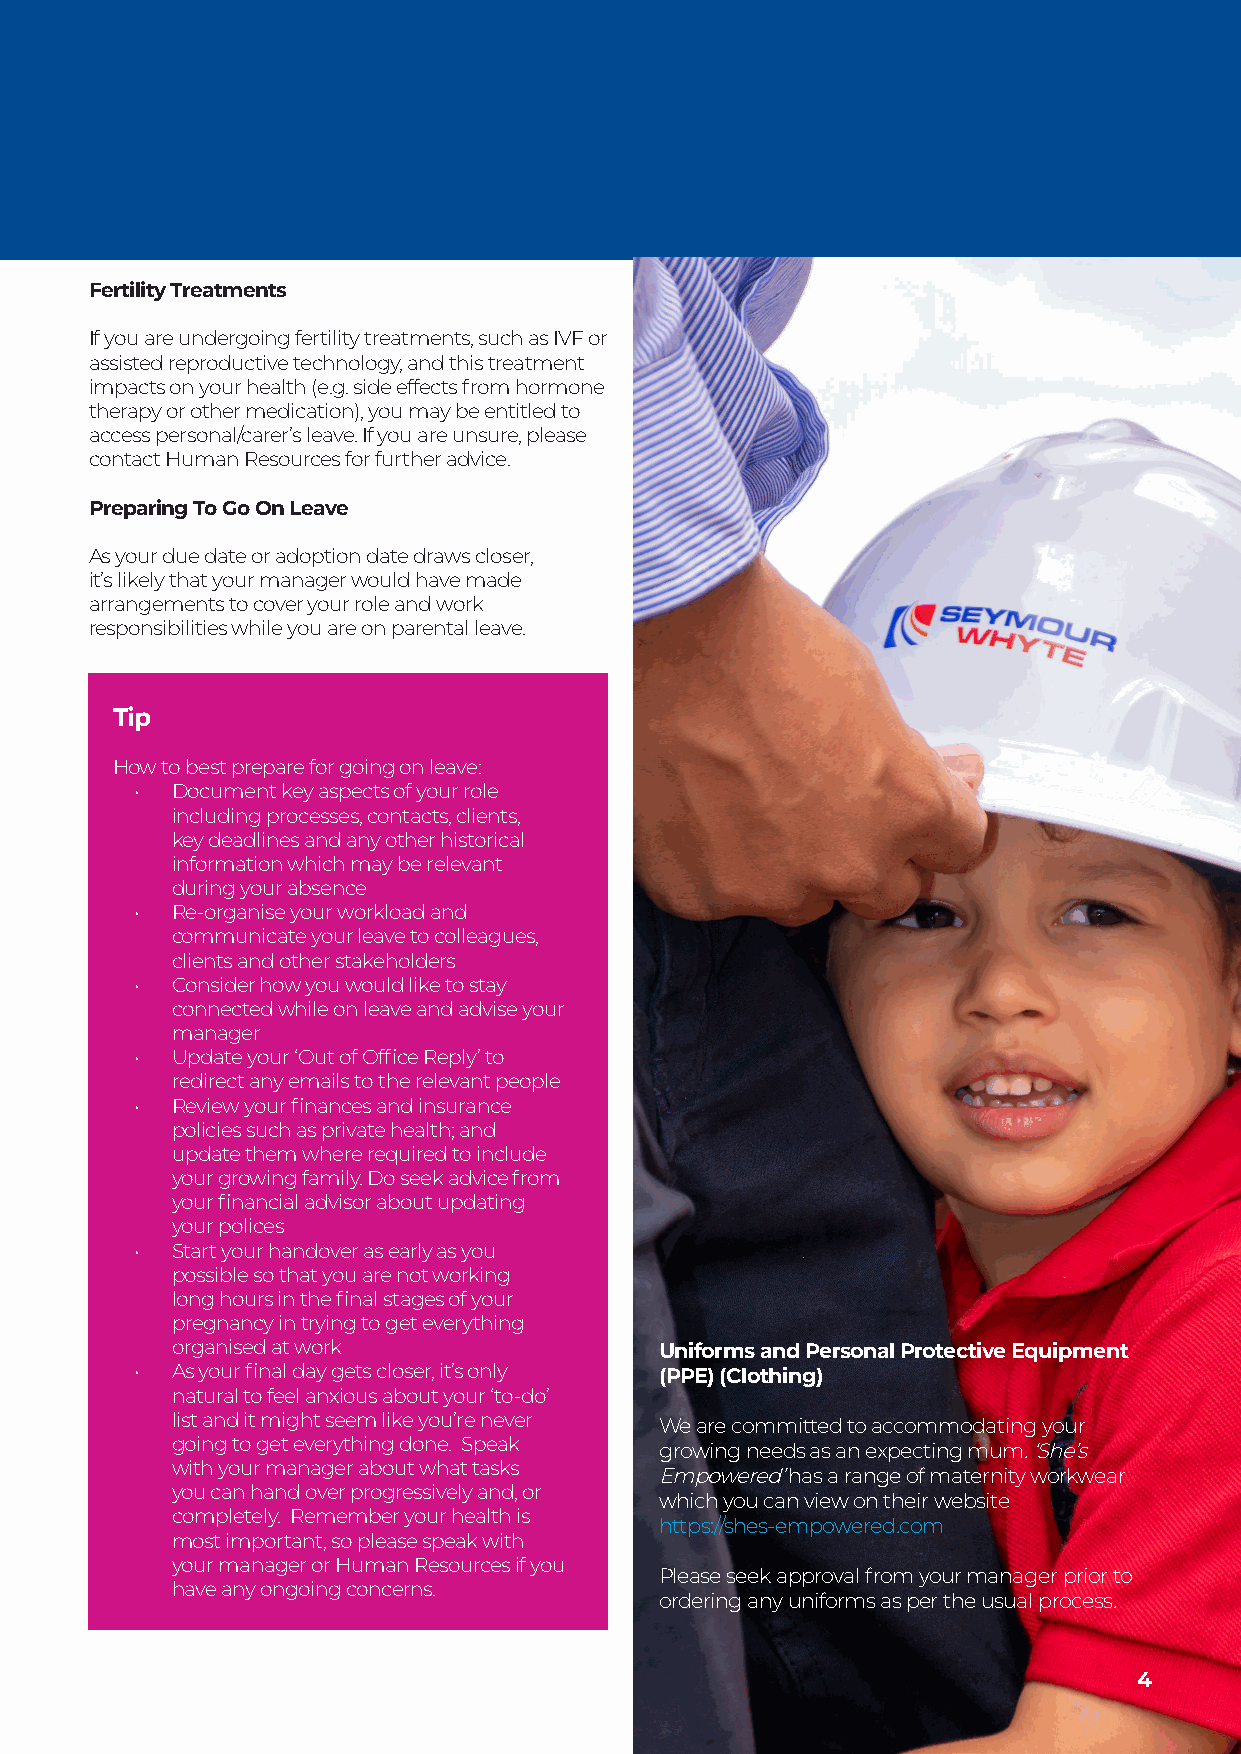
Fertility Treatments
 If you are undergoing fertility treatments, such as IVF or
 assisted reproductive technology, and this treatment
 impacts on your health (e.g. side effects from hormone
 therapy or other medication), you may be entitled to
 access personal/carer’s leave. If you are unsure, please
 contact Human Resources for further advice.
 Preparing To Go On Leave
 As your due date or adoption date draws closer,
 it’s likely that your manager would have made
 arrangements to cover your role and work
 responsibilities while you are on parental leave.
 Tip
 How to best prepare for going on leave:
 • Document key aspects of your role
 including processes, contacts, clients,
 key deadlines and any other historical
 information which may be relevant
 during your absence
 • Re-organise your workload and
 communicate your leave to colleagues,
 clients and other stakeholders
 • Consider how you would like to stay
 connected while on leave and advise your
 manager
 • Update your ‘Out of Office Reply’ to
 redirect any emails to the relevant people
 • Review your finances and insurance
 policies such as private health; and
 update them where required to include
 your growing family. Do seek advice from
 your financial advisor about updating
 your polices
 • Start your handover as early as you
 possible so that you are not working
 long hours in the final stages of your
 pregnancy in trying to get everything
 organised at work                Uniforms and Personal Protective Equipment
 • As your final day gets closer, it’s only (PPE) (Clothing)
 natural to feel anxious about your ‘to-do’
 list and it might seem like you’re never We are committed to accommodating your
 going to get everything done. Speak
 growing needs as an expecting mum. ‘She’s
 with your manager about what tasks
 Empowered’ has a range of maternity workwear
 you can hand over progressively and, or
 which you can view on their website
 completely. Remember your health is
 https://shes-empowered.com
 most important, so please speak with
 your manager or Human Resources if you
 Please seek approval from your manager prior to
 have any ongoing concerns.
 ordering any uniforms as per the usual process.
 Parental Support Toolkit4